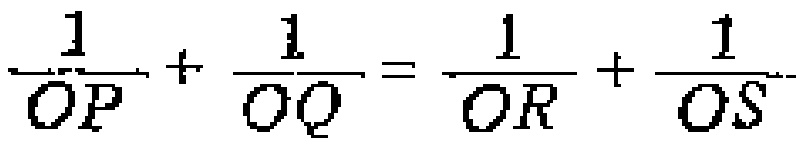
$\frac{1}{OP}+\frac{1}{OQ}=\frac{1}{OR}+\frac{1}{OS}$